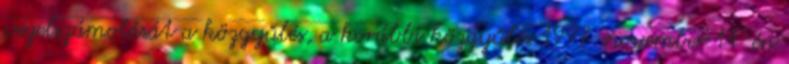
végelszámolását a közgyűlés, a korábbi közgyűlés 1997. november 14-én